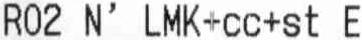
R02 N' LMK+CC+ST E